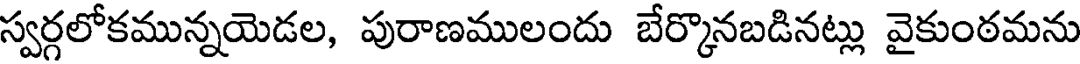
స్వర్గలోకమున్నయెడల, పురాణములందు బేర్కొనబడినట్లు వైకుంఠమను